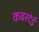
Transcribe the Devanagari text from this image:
कबरदेई